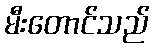
မီးတောင်သည်